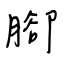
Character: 腳